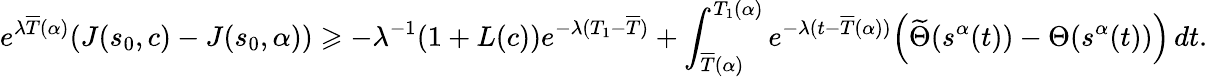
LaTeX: e^{\lambda\overline{{T}}(\alpha)}(J(s_{0},c)-J(s_{0},\alpha))\geqslant-\lambda^{-1}(1+L(c))e^{-\lambda(T_{1}-\overline{{T}})}+\int_{\overline{{T}}(\alpha)}^{T_{1}(\alpha)}e^{-\lambda(t-\overline{{T}}(\alpha))}\Bigl(\widetilde{\Theta}(s^{\alpha}(t))-{\Theta}(s^{\alpha}(t))\Bigr)\, dt.